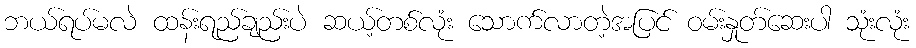
ဘယ်ရပ်မလဲ ထန်းရည်ချည်းပဲ ဆယ့်တစ်လုံး သောက်လာတဲ့အပြင် ဝမ်းနှုတ်ဆေးပါ သုံးလုံး